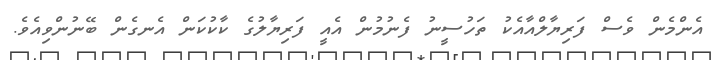
އެންމެން ވެސް ފަރިޔާލްއާއެކު ތަހުސީނު ފެނުމުން އެއީ ފަރިޔާލުގެ ކާކުކަން އެނގެން ބޭނުންވިއެވެ.